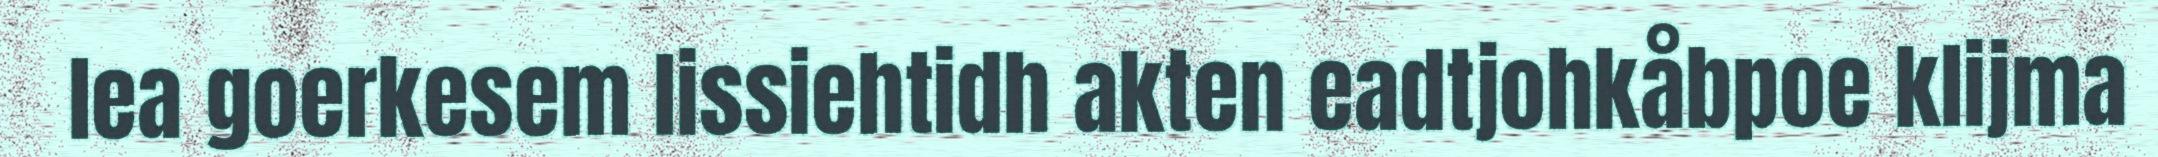
lea goerkesem lissiehtidh akten eadtjohkåbpoe klijma